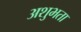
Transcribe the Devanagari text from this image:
अशुभता